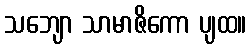
သဘျော သာမာဇိကော ပျထ။